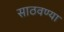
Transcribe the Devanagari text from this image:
साठवण्या